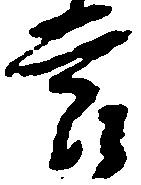
節